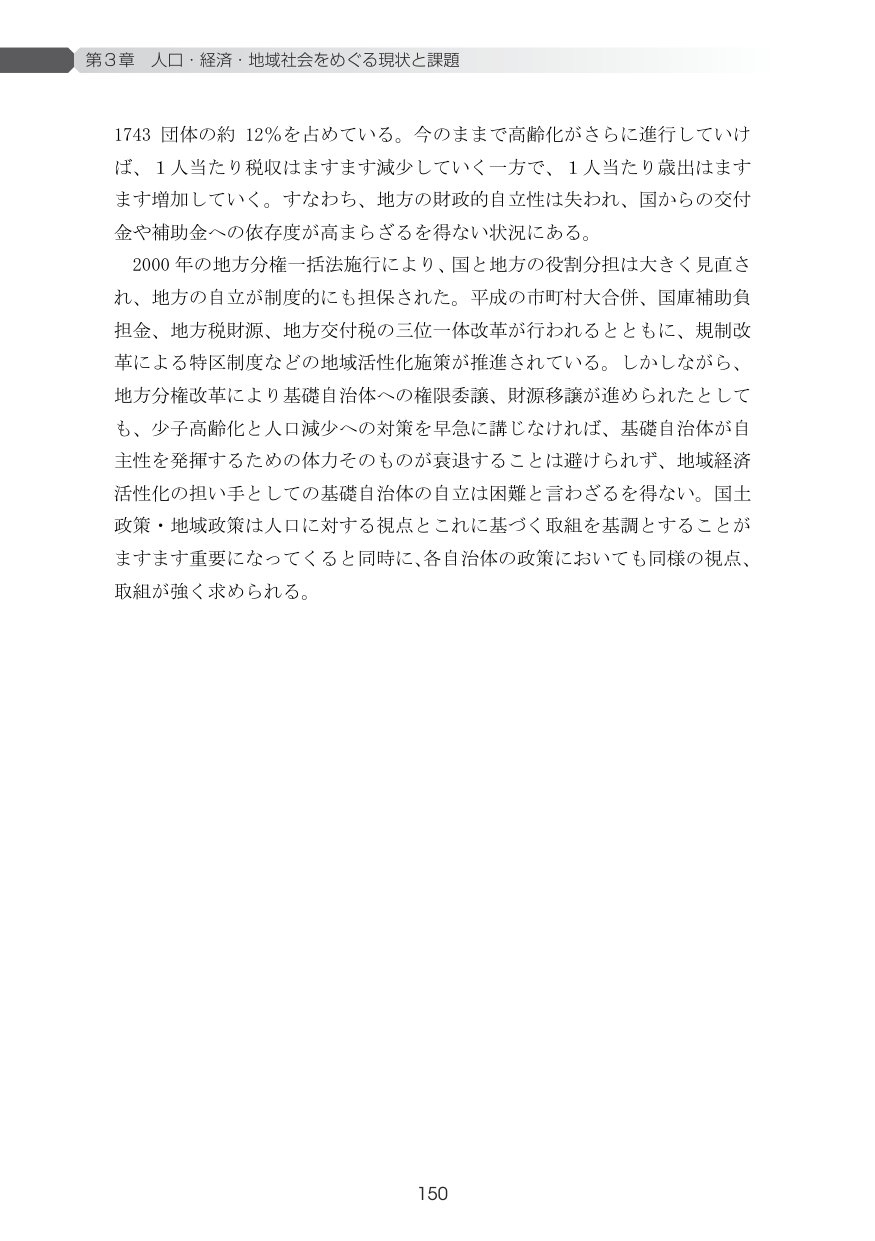
第3章 人口・経済・地域社会をめぐる現状と課題

1743 団体の約 12％を占めている。今のままで高齢化がさらに進行していけば、1人当たり税収はますます減少していく一方で、1人当たり歳出はますます増加していく。すなわち、地方の財政的自立性は失われ、国からの交付金や補助金への依存度が高まらざるを得ない状況にある。

2000年の地方分権一括法施行により、国と地方の役割分担は大きく見直され、地方の自立が制度的にも担保された。平成の市町村大合併、国庫補助負担金、地方税財源、地方交付税の三位一体改革が行われるとともに、規制改革による特区制度などの地域活性化施策が推進されている。しかしながら、地方分権改革により基礎自治体への権限委譲、財源移譲が進められたとしても、少子高齢化と人口減少への対策を早急に講じなければ、基礎自治体が自主性を発揮するための体力そのものが衰退することは避けられず、地域経済活性化の担い手としての基礎自治体の自立は困難と言わざるを得ない。国土政策・地域政策は人口に対する視点とこれに基づく取組を基調とすることがますます重要になってくると同時に、各自治体の政策においても同様の視点、取組が強く求められる。

150